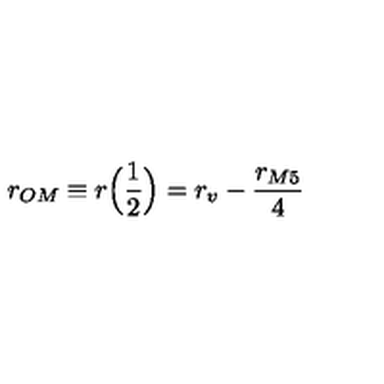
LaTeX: r _ { O M } \equiv r \Big ( \frac { 1 } { 2 } \Big ) = r _ { v } - \frac { r _ { M 5 } } { 4 }